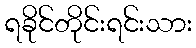
ရခိုင်တိုင်းရင်းသား